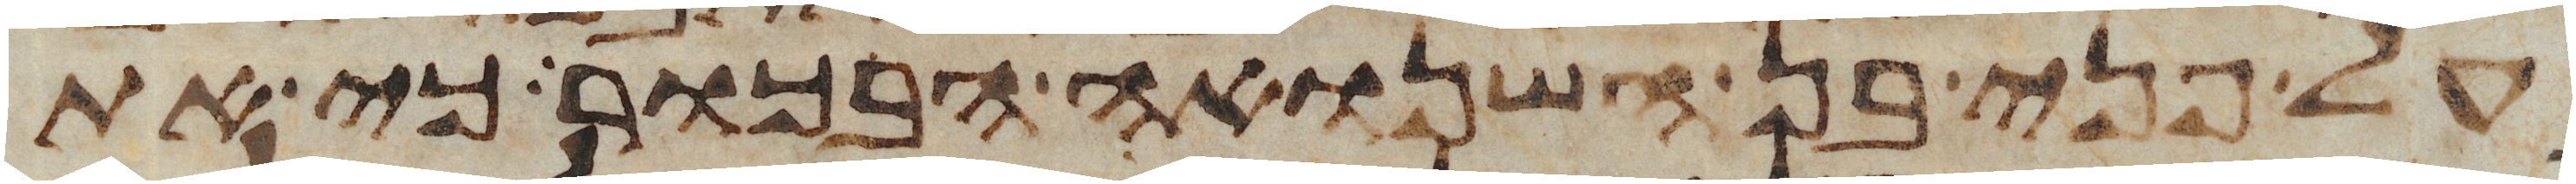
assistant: על פני בן השנואה הבכור כי את